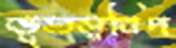
ভূতত্ত্ববিদ